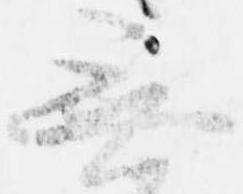
無